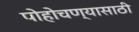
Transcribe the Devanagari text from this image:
पोहोचण्‍यासाठी